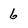
Character: 6